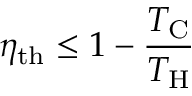
\eta _ { \mathrm { { t h } } } \leq 1 - { \frac { T _ { \mathrm { { C } } } } { T _ { \mathrm { { H } } } } }